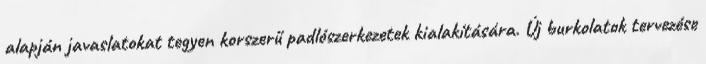
alapján javaslatokat tegyen korszerű padlószerkezetek kialakítására. Új burkolatok tervezése